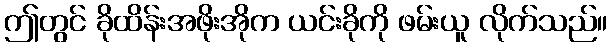
ဤတွင် ခိုထိန်းအဖိုးအိုက ယင်းခိုကို ဖမ်းယူ လိုက်သည်။